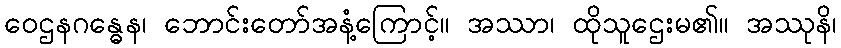
ဝေဌနဂန္ဓေန၊ ဘောင်းတော်အနံ့ကြောင့်။ အဿာ၊ ထိုသူဌေးမ၏။ အဿုနိ၊